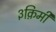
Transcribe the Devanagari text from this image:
३क़िमी